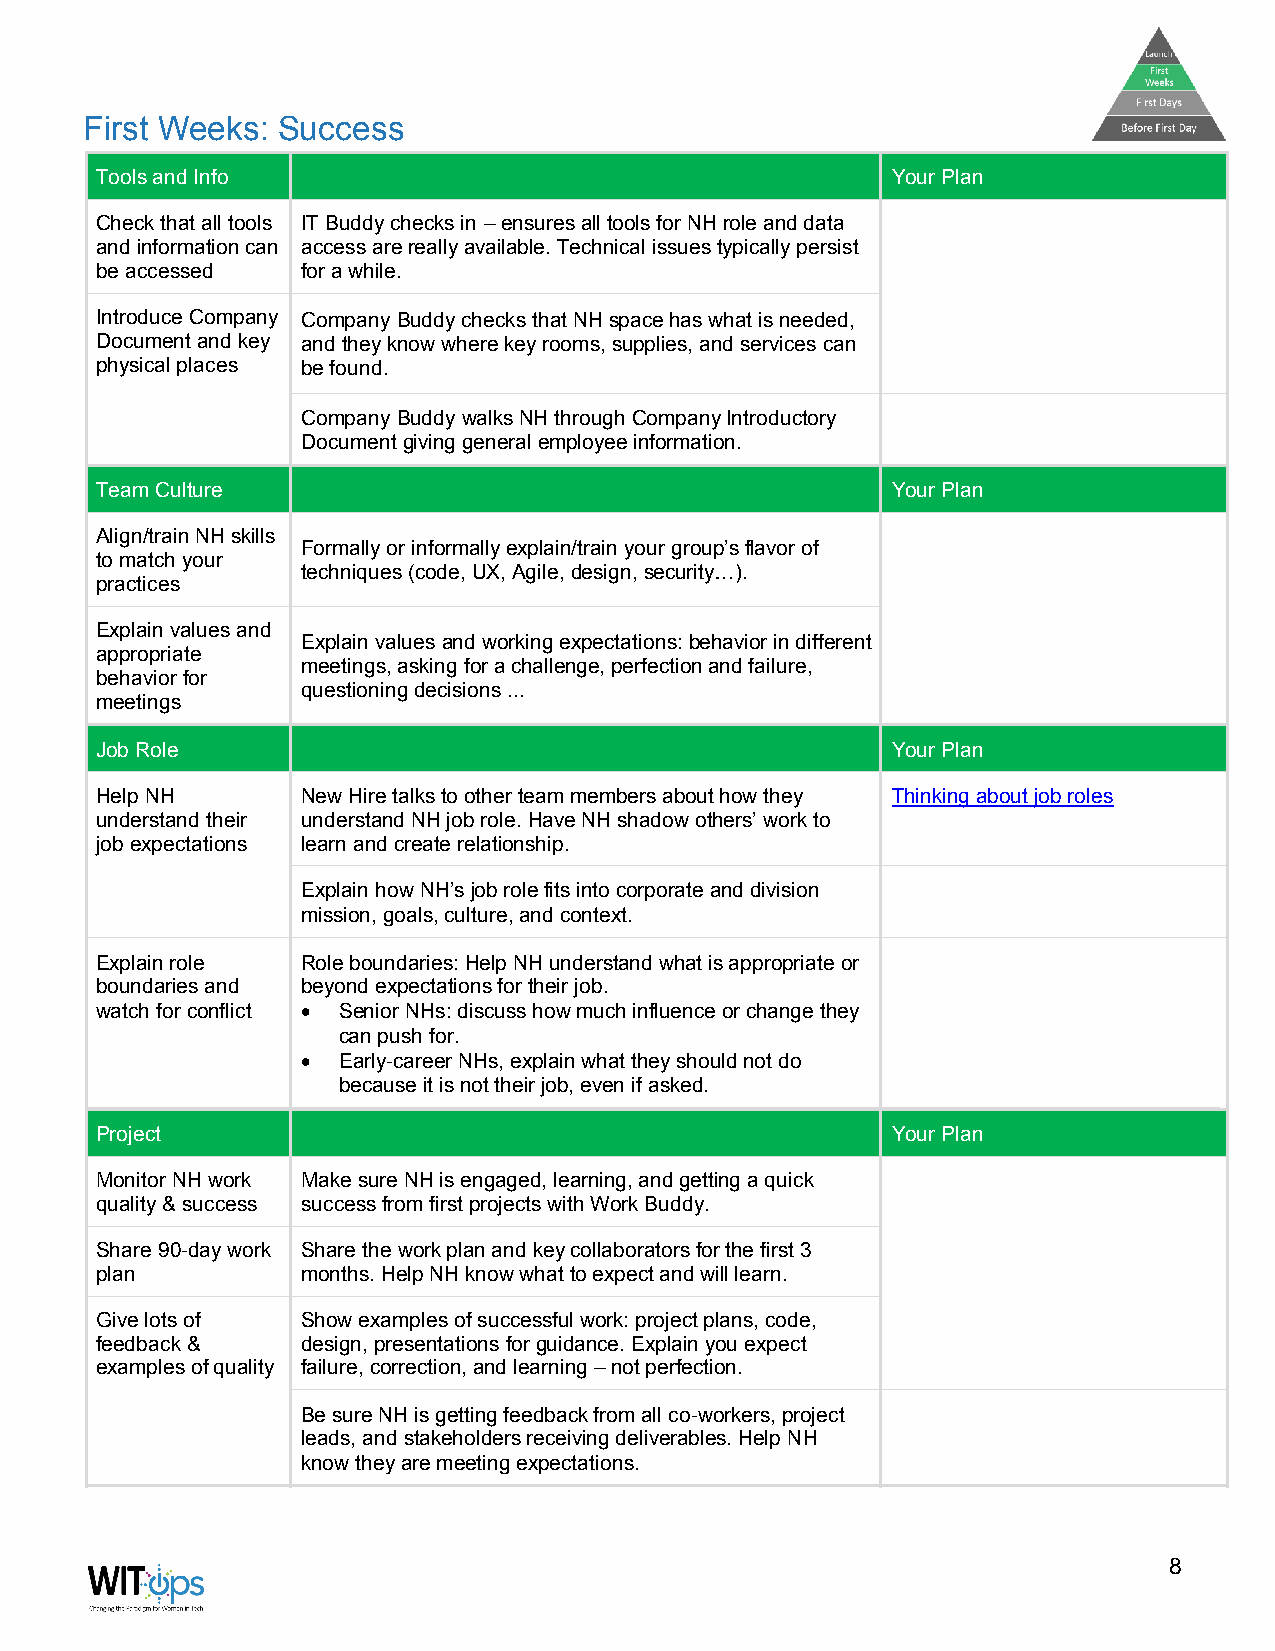
First Weeks: Success
 Tools and Info                                       Your Plan
 Check that all tools IT Buddy checks in – ensures all tools for NH role and data
 and information can access are really available. Technical issues typically persist
 be accessed   for a while.
 Introduce Company Company Buddy checks that NH space has what is needed,
 Document and key and they know where key rooms, supplies, and services can
 physical places be found.
 Company Buddy walks NH through Company Introductory
 Document giving general employee information.
 Team Culture                                         Your Plan
 Align/train NH skills
 Formally or informally explain/train your group’s flavor of
 to match your
 techniques (code, UX, Agile, design, security…).
 practices
 Explain values and
 Explain values and working expectations: behavior in different
 appropriate
 meetings, asking for a challenge, perfection and failure,
 behavior for
 questioning decisions ...
 meetings
 Job Role                                             Your Plan
 Help NH       New Hire talks to other team members about how they Thinking about job roles
 understand their understand NH job role. Have NH shadow others’ work to
 job expectations learn and create relationship.
 Explain how NH’s job role fits into corporate and division
 mission, goals, culture, and context.
 Explain role  Role boundaries: Help NH understand what is appropriate or
 boundaries and beyond expectations for their job.
 watch for conflict • Senior NHs: discuss how much influence or change they
 can push for.
 • Early-career NHs, explain what they should not do
 because it is not their job, even if asked.
 Project                                              Your Plan
 Monitor NH work Make sure NH is engaged, learning, and getting a quick
 quality & success success from first projects with Work Buddy.
 Share 90-day work Share the work plan and key collaborators for the first 3
 plan          months. Help NH know what to expect and will learn.
 Give lots of  Show examples of successful work: project plans, code,
 feedback &    design, presentations for guidance. Explain you expect
 examples of quality failure, correction, and learning – not perfection.
 Be sure NH is getting feedback from all co-workers, project
 leads, and stakeholders receiving deliverables. Help NH
 know they are meeting expectations.
 8